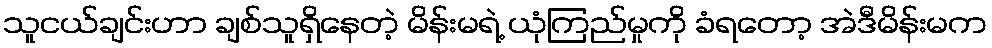
သူငယ်ချင်းဟာ ချစ်သူရှိနေတဲ့ မိန်းမရဲ့ ယုံကြည်မှုကို ခံရတော့ အဲဒီမိန်းမက